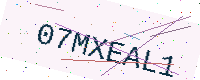
Text: 07MXEAL1